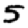
Digit: 5